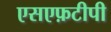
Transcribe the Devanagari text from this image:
एसएफ़टीपी